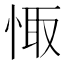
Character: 𢛏